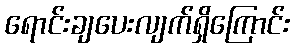
ရောင်းချပေးလျက်ရှိကြောင်း